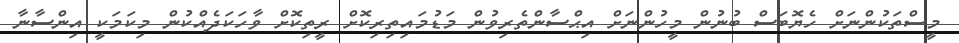
މީސްތަކުންނަށް ހެޔޮބަސް ބުނުން މީހުންނަށް އިޙްސާންތެރިވުން މަޑުމައިތިރިކޮށް ރީތިކޮށް ވާހަކަދެއްކުން މިކަމަކީ އިންސާނާ